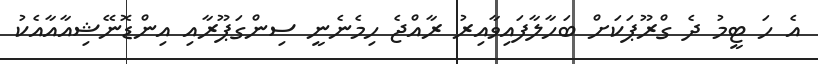
އެ ހަ ޓީމު ދެ ގްރޫޕަކަށް ބަހާލާފައިވާއިރު ރާއްޖެ ހިމެނެނީ ސިންގަޕޫރާއި އިންޑޮނޭޝިއާއާއެކު